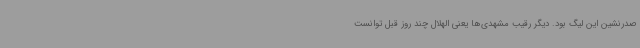
صدرنشین این لیگ بود. دیگر رقیب مشهدی‌ها یعنی الهلال چند روز قبل توانست